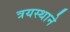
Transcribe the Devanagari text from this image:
त्रयस्थाने